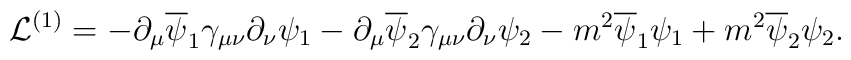
{\cal L}^{(1)} = -\partial_\mu \overline \psi_1  \gamma_{\mu\nu}\partial_\nu \psi_1-\partial_\mu \overline \psi_2 \gamma_{\mu\nu}\partial_\nu \psi_2 - m^2 \overline \psi_1 \psi_1+ m^2 \overline \psi_2 \psi_2 .